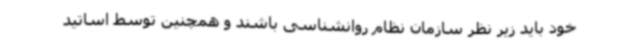
خود باید زیر نظر سازمان نظام روانشناسی باشند و همچنین توسط اساتید